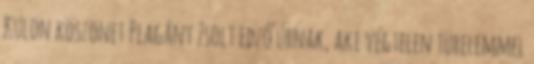
Külön köszönet Plagány Zsolt edző úrnak, aki végtelen türelemmel